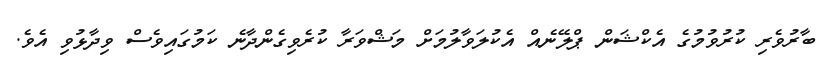
ބާރުވެރި ކުރުވުމުގެ އެކްޝަން ޕްލޭނެއް އެކުލަވާލުމަށް މަޝްވަރާ ކުރެވިގެންދާނެ ކަމުގައިވެސް ވިދާޅުވި އެވެ.